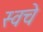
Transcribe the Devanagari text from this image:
स्वचे